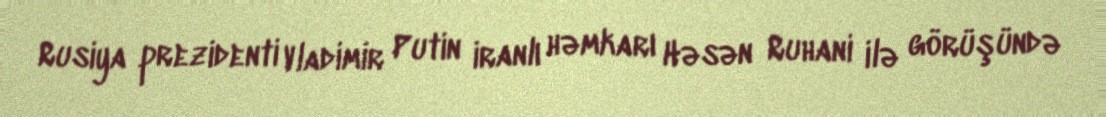
Rusiya prezidenti Vladimir Putin iranlı həmkarı Həsən Ruhani ilə görüşündə